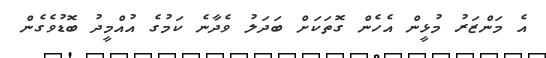
އެ މަންޒަރު މުޅީން އެހެން ގޮތަކަށް ބަދަލު ވެދާނެ ކަމުގެ އުއްމީދު ބޮޑުވެގެން